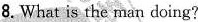
8. What is the man doing?